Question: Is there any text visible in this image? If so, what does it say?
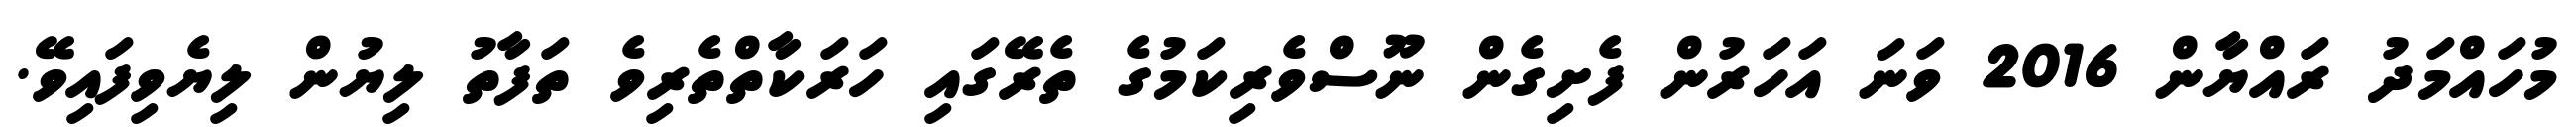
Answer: މުހައްމަދު ރައްޔާން 2016 ވަނަ އަހަރުން ފެށިގެން ނޫސްވެރިކަމުގެ ތެރޭގައި ހަރަކާތްތެރިވެ ތަފާތު ލިޔުން ލިޔެވިފައިވޭ.